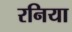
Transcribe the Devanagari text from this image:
रनिया